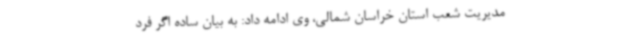
مدیریت شعب استان خراسان شمالی، وی ادامه داد: به بیان ساده اگر فرد